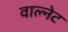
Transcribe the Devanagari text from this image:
वाल्नेट